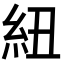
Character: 紐